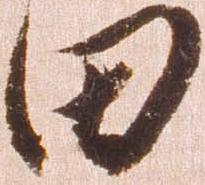
田